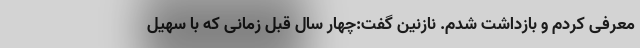
معرفی کردم و بازداشت شدم. نازنین گفت:چهار سال قبل زمانی که با سهیل